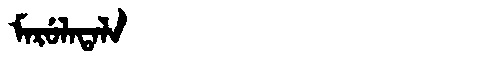
Manchu: ᠮᠠᡵᡠᠯᠠᡨᠠᠯᠠ
Romanization: MARULATALA